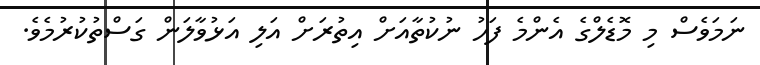
ނަމަވެސް މި މޮޑެލްގެ އެންމެ ފަހު ނުކުތާއަށް އިތުރަށް އަލި އަޅުވާލަން ގަސްތުކުރުމެވެ.